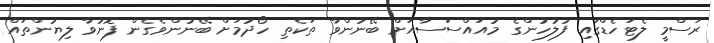
ރަސްމީ ލެޓަހެޑްގައި ފުލުހުންގެ މުއައްސަސާއަށް ބޭނުންވާ ތަކެތި ހޯދުމަށް ބޭނުންވެގެން ފޮނުވާ ލިޔުންތައް